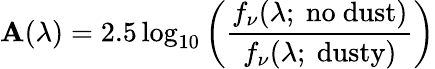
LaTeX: \mathbf{A}(\lambda)=2.5\log_{10}\left(\frac{{f_{\nu}(\lambda;\mathrm{{~no~dust}})}}{{f_{\nu}(\lambda;\mathrm{{~dusty}})}}\right)